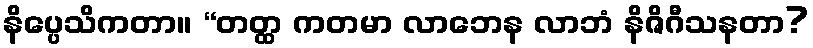
နိပ္ပေသိကတာ။ “တတ္ထ ကတမာ လာဘေန လာဘံ နိဇိဂီသနတာ?